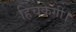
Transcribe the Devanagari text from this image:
हिचकेगी।